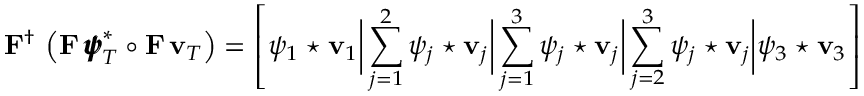
{ \bf F } ^ { \dagger } \, \left( { \bf F } \, { \pmb { \psi } } _ { T } ^ { * } \circ { \bf F } \, { \bf v } _ { T } \right) = \left[ \psi _ { 1 } \star { \bf v } _ { 1 } \biggr \rvert \sum _ { j = 1 } ^ { 2 } \psi _ { j } \star { \bf v } _ { j } \biggr \rvert \sum _ { j = 1 } ^ { 3 } \psi _ { j } \star { \bf v } _ { j } \biggr \rvert \sum _ { j = 2 } ^ { 3 } \psi _ { j } \star { \bf v } _ { j } \biggr \rvert \psi _ { 3 } \star { \bf v } _ { 3 } \right]